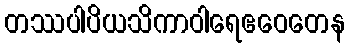
တဿပါပိယသိကာဝါရေဧဝေတေန